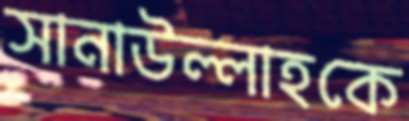
সানাউল্লাহকে